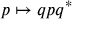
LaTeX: p \mapsto q p q ^ { * } \,